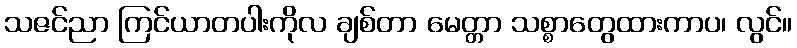
သဇင်ညာ ကြင်ယာတပါးကိုလ ချစ်တာ မေတ္တာ သစ္စာတွေထားကာပ၊ လွင်။